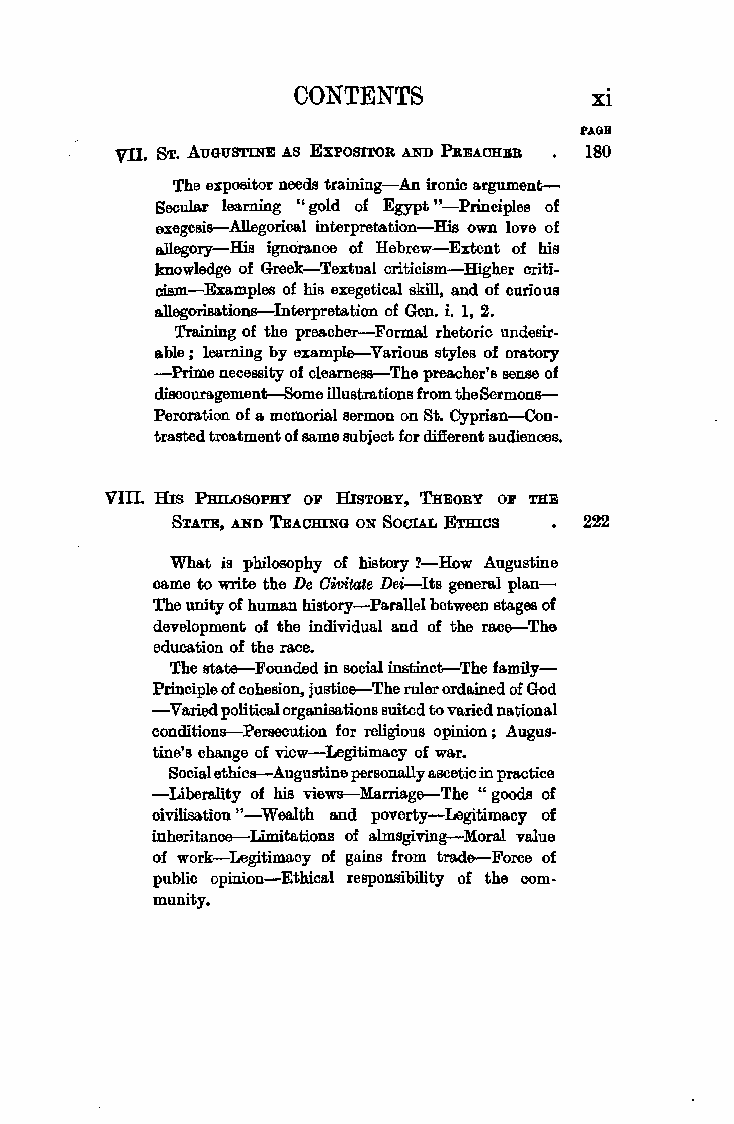
CONTENTS           xi
 PA.Gil
 Vil, &r. AUGUSTINE AS EXPOSITOR AND PREACHER 180
 The expositor needs training-An ironic argument
 Secular learning "gold of Egypt "-Principles of
 exegesi&-Allegorical interpretation-His own love of
 allegory-His ignorance of Hebrew-Extent of his
 knowledge of Greek-Textual criticism-Higher criti
 cism-Examples of his exegetical skill, and of curious
 a.llegorisation&-Interpretation of Gen. i. 1, 2.
 Training of the preacher-Formal rhetoric undesir
 able; learning by example-Various styles of oratory
 -Prime necessity of cleames&-The preacher's sense of
 discouragement-Some illustrations from the Sermon&
 Peroration of a memorial sermon on St. Cyprian-Con•
 trasted treatment of same subject for difierent audiences,
 VIII. His PmLosoPHY OF HISTORY, THEORY OF THE
 STATE, AND TEACHING ON SOCIAL ETmcs 222
 What is philosophy of history ?-How Augustine
 came to write the De Civitate Dei-Its general pla.n-
 The unity of huma.n history-Parallel between stages of
 development of the individual and of the ra.ce-The
 education of the race.
 The state-Founded in social instinct-The family
 Principle of cohesion, justice-The ruler ordained of God
 -Varied political organisations suited to varied national
 condition&-Persecution for religious opinion; Augus
 tine's change of view-Legitimacy of war.
 Social ethic&-Augustine personally ascetic in practice
 -Liberality of his view&-Marriage-The "goods of
 civilisation "-Wealth and poverty-Legitimacy of
 inheritance-Limitations of almsgiving-Moral value
 of work-Legitimacy of gains from trade-Force of
 public opinion-Ethical responsibility of the com
 munity.